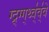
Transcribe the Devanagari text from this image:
ग्द्र्ग्ग्थ्व्॑व्॑वे